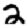
Digit: 2